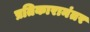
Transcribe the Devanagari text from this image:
प्रतिकारानंतर